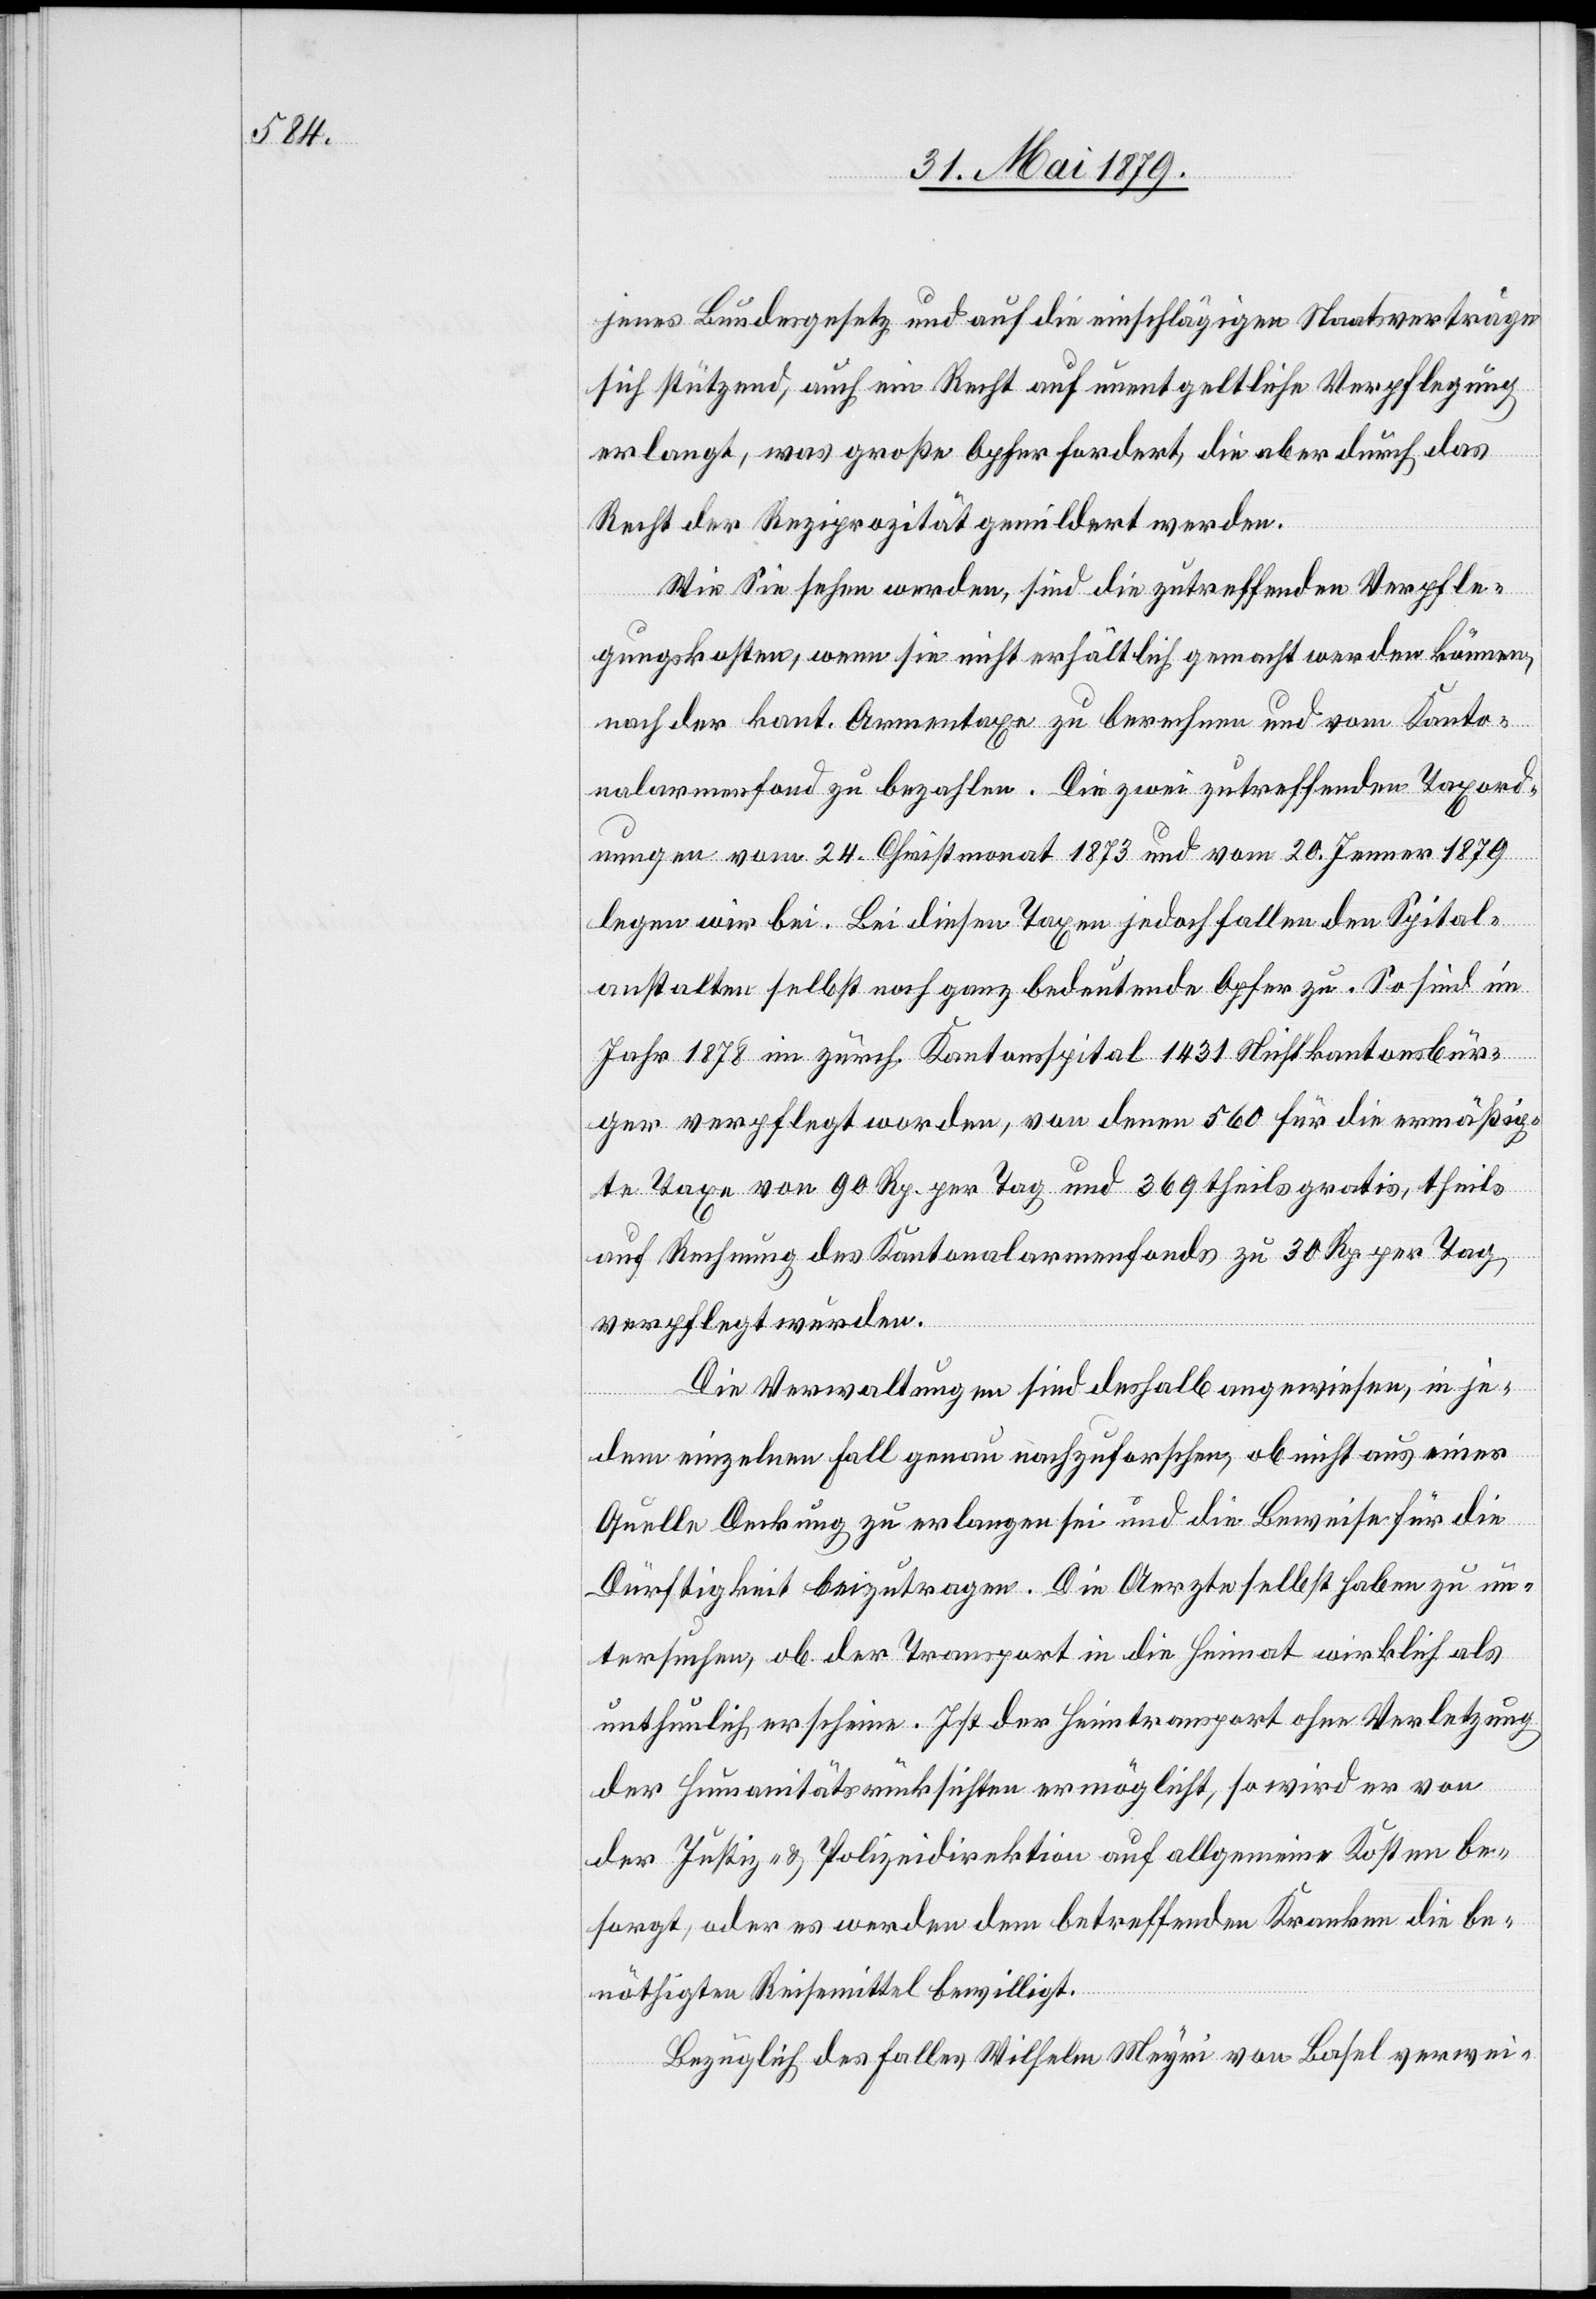
jenes Bundesgesetz und auf die einschlägigen Staatsverträge
sich stützend, auch ein Recht auf unentgeltliche Verpflegung
erlangt, was große Opfer fordert, die aber durch das
Recht der Reziprozität gemildert werden.
Wie Sie sehen werden, sind die zutreffenden Verpfle¬
gungskosten, wenn sie nicht erhältlich gemacht werden können,
nach der kant. Armentaxe zu berechnen und vom Kanto¬
nalarmenfond zu bezahlen. Die zwei zutreffenden Taxord¬
nungen vom 24. Christmonat 1873 und vom 20. Jenner 1879
legen wir bei. Bei diesen Taxen jedoch fallen den Spital¬
anstalten selbst noch ganz bedeutende Opfer zu. So sind im
Jahr 1878 im zürch. Kantonsspital 1431 Nichtkantonsbür¬
ger verpflegt worden, von denen 560 für die ermäßig¬
te Taxe von 90 Rp. per Tag und 369 theils gratis, theils
auf Rechnung des Kantonalarmenfonds zu 30 Rp. per Tag
verpflegt wurden.
Die Verwaltungen sind deshalb angewiesen, in je¬
dem einzelnen Fall genau nachzuforschen, ob nicht aus einer
Quelle Deckung zu erlangen sei und die Beweise für die
Dürftigkeit beizutragen. Die Aerzte selbst haben zu un¬
tersuchen, ob der Transport in die Heimat wirklich als
unthunlich erscheine. Ist der Heimtransport ohne Verletzung
der Humanitätsrücksichten ermöglicht, so wird er von
der Justiz- & Polizeidirektion auf allgemeine Kosten be¬
sorgt, oder es werden dem betreffenden Kranken die be¬
nöthigten Reisemittel bewilligt.
Bezüglich des Falles Wilhelm Meyri von Basel verwei-